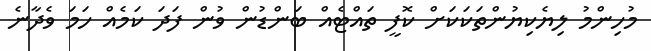
މުހިންމު ލިޔެކިޔުންތަކަކަށް ކޮފީ ތައްޓެއް ބަންޑުން ވުން ފަދަ ކަމެއް ހަމަ ވެދާނެ